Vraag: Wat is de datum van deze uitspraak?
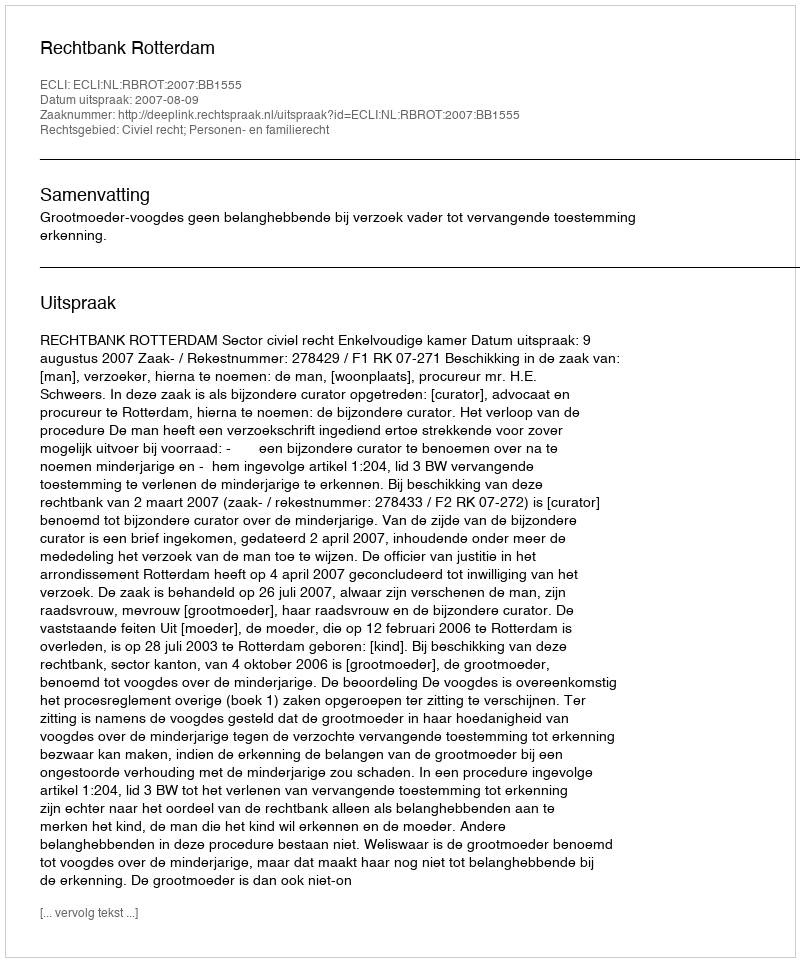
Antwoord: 2007-08-09